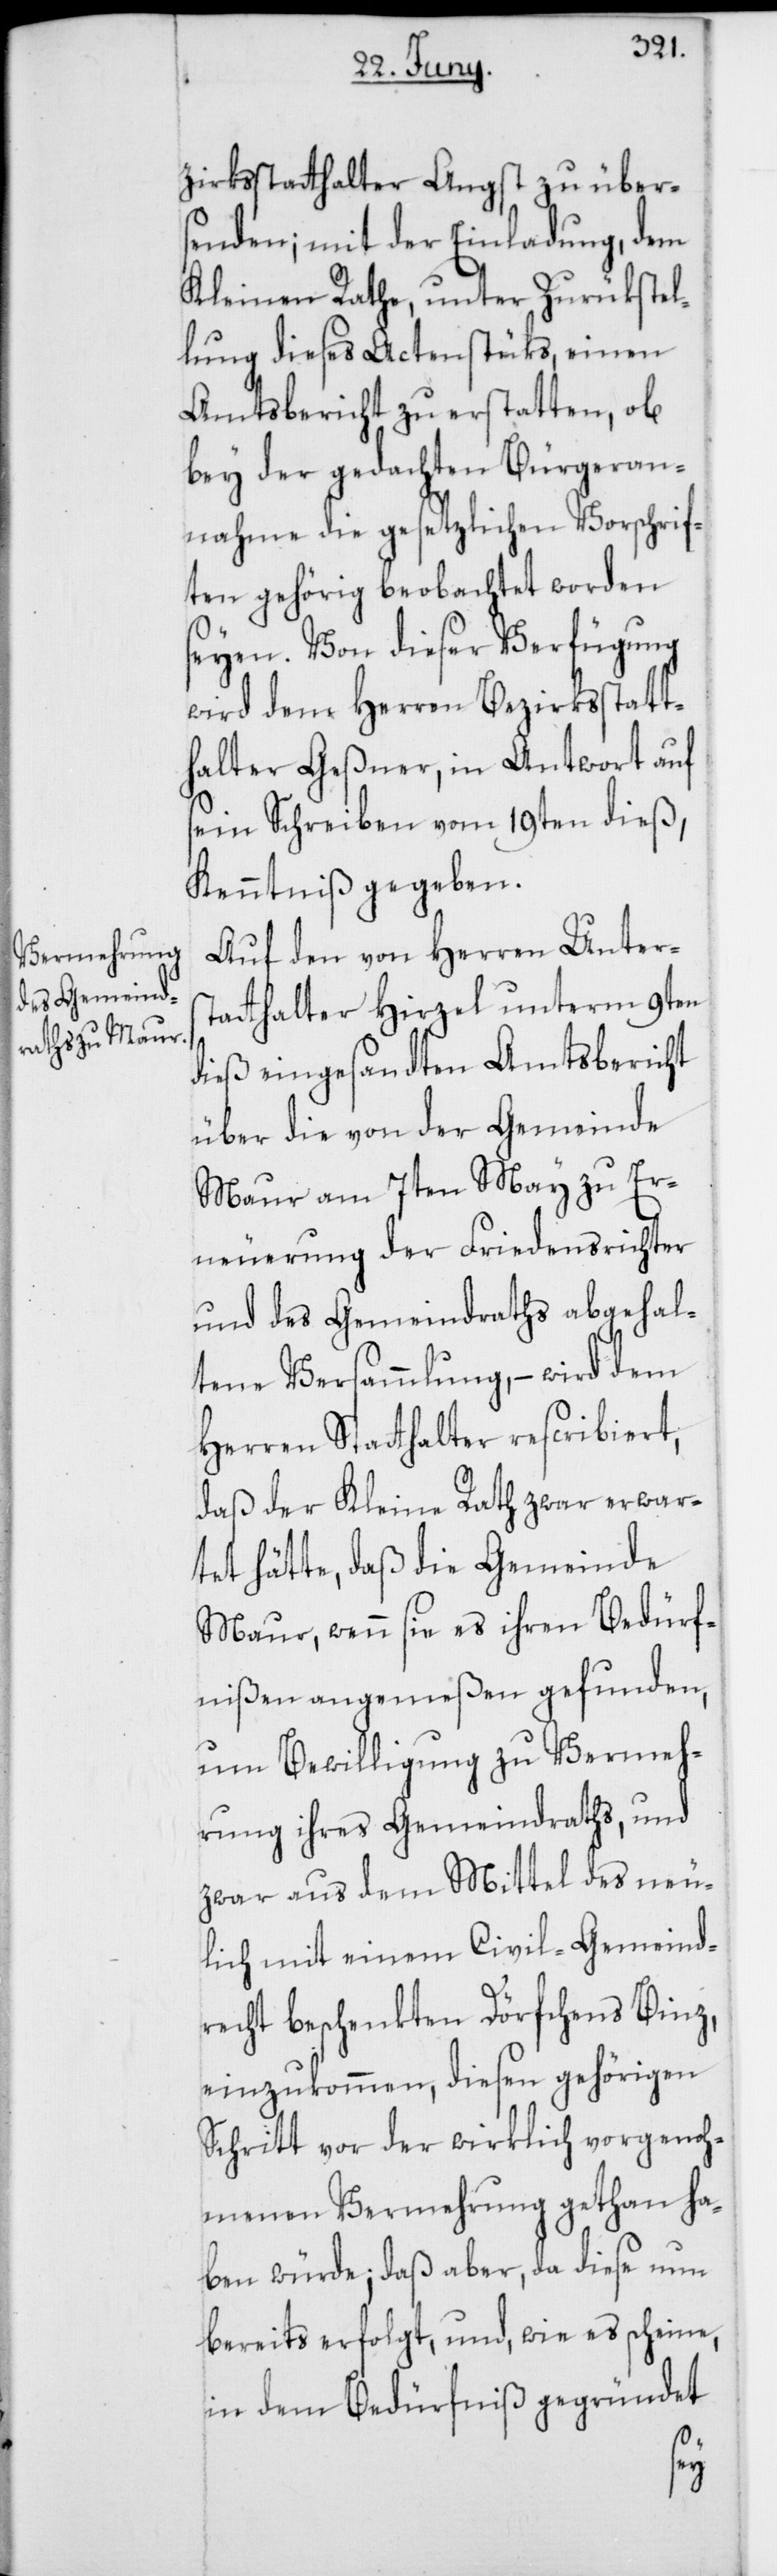
zirksstatthalter Angst zu über¬
senden; mit der Einladung, dem
kleinen Rathe, unter Zurükstel¬
lung dieses Actenstüks, einen
Amtsbericht zu erstatten, ob
bey der gedachten Bürgeran¬
nahme die gesetzlichen Vorschrif¬
ten gehörig beobachtet worden
seyen. Von dieser Verfügung
wird dem Herren Bezirksstatt¬
halter Geßner, in Antwort auf
sein Schreiben vom 19ten dieß,
Kenntniß gegeben.
Auf den von Herren Unters¬
tatthalter Hirzel unterm 9ten
dieß eingesandten Amtsbericht
über die von der Gemeinde
Maur am 7ten May zu Er¬
neuerung der Friedensrichter
und des Gemeindraths abgehal¬
tene Versammlung, – wird dem
Herren Stathalter rescribiert,
daß der Kleine Rath zwar erwar¬
tet hätte, daß die Gemeinde
Maur, wenn sie es ihren Bedürf¬
nißen angemeßen gefunden,
um Bewilligung zu Vermeh¬
rung ihres Gemeindraths, und
zwar aus dem Mittel des neu¬
lich mit einem Civil-Gemeind¬
recht beschenkten Dörfchens Binz,
einzukommen, diesen gehörigen
Schritt vor der wirklich vorgenoh¬
menen Vermehrung gethan ha¬
ben würde, daß aber, da diese nun
bereits erfolgt, und, wie es scheine,
in dem Bedürfniß gegründet